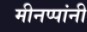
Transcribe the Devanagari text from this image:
मीनप्पांनी